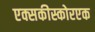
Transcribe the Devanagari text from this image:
एक्सकीस्कोरएक